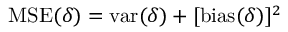
\operatorname { M S E } ( \delta ) = \operatorname { v a r } ( \delta ) + [ \operatorname { b i a s } ( \delta ) ] ^ { 2 }